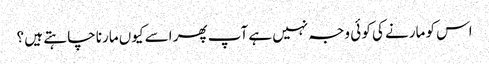
اس کو مارنے کی کو ئی وجہ نہیں ہے آپ پھر اسے کیوں مارنا چا ہتے ہیں ؟